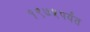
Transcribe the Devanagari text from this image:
१९७५पर्यंत